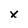
Character: x